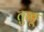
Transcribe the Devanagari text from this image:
तु़ळू